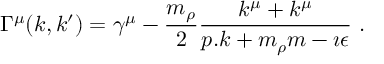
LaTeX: \Gamma ^ { \mu } ( k , k ^ { \prime } ) = \gamma ^ { \mu } - \frac { m _ { \rho } } { 2 } \frac { k ^ { \mu } + k ^ { \mu } } { p . k + m _ { \rho } m - \imath \epsilon } \ .